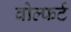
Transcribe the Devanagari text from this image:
वोल्फर्ट